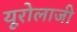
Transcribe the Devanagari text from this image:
यूरोलाजी